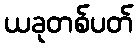
ယခုတစ်ပတ်